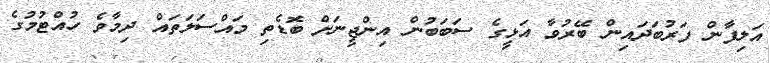
އަލިފާން ފަރުބަދައިން ބޭރުވާ އަޅީގެ ސަބަބުން އިންޖީނަށް ބޮޑެތި މައްސަލަތައް ދިމާވެ ހުއްޓުމުގެ